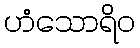
ဟံသောရိဝ